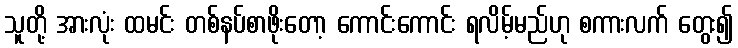
သူတို့ အားလုံး ထမင်း တစ်နပ်စာဖိုးတော့ ကောင်းကောင်း ရလိမ့်မည်ဟု စကားလက် တွေး၍